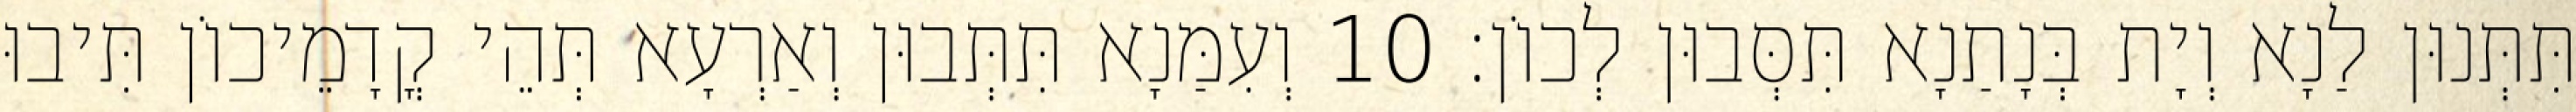
תִּתְּנוּן לַנָא וְיָת בְּנָתַנָא תִּסְּבוּן לְכוֹן׃ 10 וְעִמַּנָא תִּתְּבוּן וְאַרְעָא תְּהֵי קֳדָמֵיכוֹן תִּיבוּ